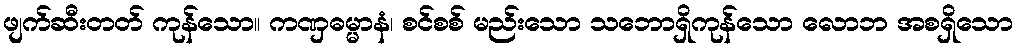
ဖျက်ဆီးတတ် ကုန်သော။ ကဏှဓမ္မာနံ၊ စင်စစ် မည်းသော သဘောရှိကုန်သော လောဘ အစရှိသော